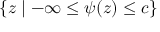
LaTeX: \{ z \mid - \infty \leq \psi ( z ) \leq c \}